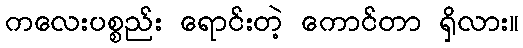
ကလေးပစ္စည်း ရောင်းတဲ့ ကောင်တာ ရှိလား။